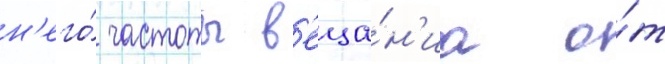
н'его́ частоты в'еща́н'иа о́т